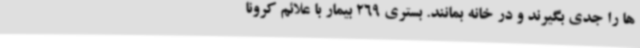
ها را جدی بگیرند و در خانه بمانند. بستری 269 بیمار با علائم کرونا